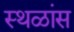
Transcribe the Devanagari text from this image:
स्थळांस